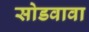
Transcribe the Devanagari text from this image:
सोडवावा